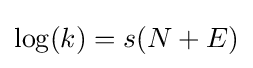
\log(k)=s(N+E)